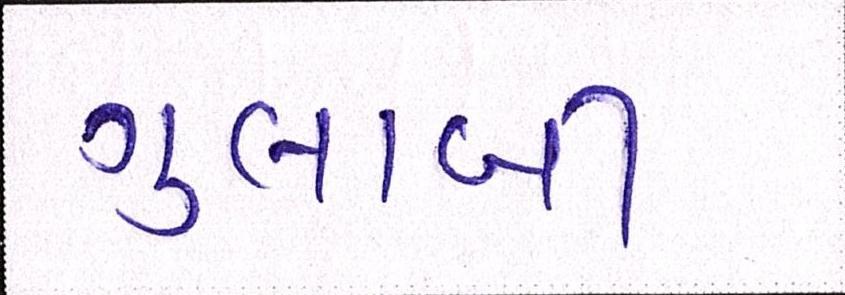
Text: ગુલાબી